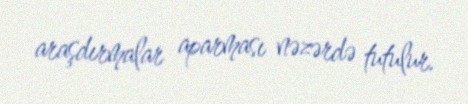
araşdırmalar aparması nəzərdə tutulur.